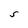
Character: S